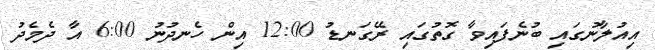
އިއުލާނުގައި ބުނެފައިވާ ގޮތުގައި ރޭގަނޑު 12:00 އިން ހެނދުނު 6:00 އާ ދެމެދު